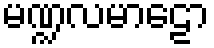
မဏ္ဍလမာဠော